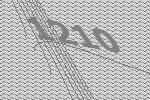
1210